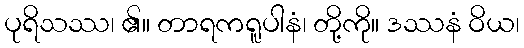
ပုရိသဿ၊ ၏။ တာရကရူပါနံ၊ တို့ကို။ ဒဿနံ ဝိယ၊